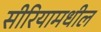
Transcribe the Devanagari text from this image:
सीरियामधील